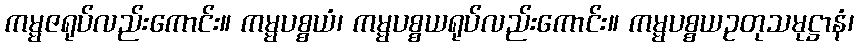
ကမ္မဇရုပ်လည်းကောင်း။ ကမ္မပစ္စယံ၊ ကမ္မပစ္စယရုပ်လည်းကောင်း။ ကမ္မပစ္စယဥတုသမုဋ္ဌာနံ၊